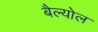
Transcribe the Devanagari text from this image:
बैल्योल